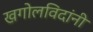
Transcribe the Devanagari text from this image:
खगोलविदांनी